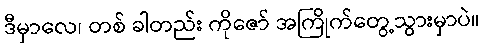
ဒီမှာလေ၊ တစ် ခါတည်း ကိုဇော် အကြိုက်တွေ့သွားမှာပဲ။